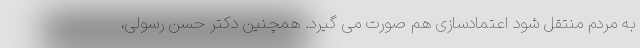
به مردم منتقل شود اعتمادسازی هم صورت می گیرد. همچنین دکتر حسن رسولی،